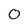
Character: 0